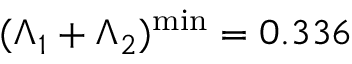
( \Lambda _ { 1 } + \Lambda _ { 2 } ) ^ { \mathrm { m i n } } = 0 . 3 3 6